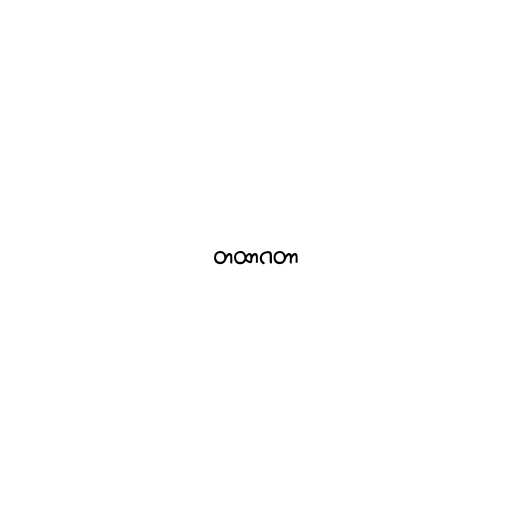
တထာဂတာ